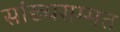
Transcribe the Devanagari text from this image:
सांख्यसम्मत